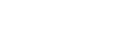
အမြင့်ရှိသော